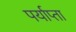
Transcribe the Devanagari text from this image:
पर्याप्ता